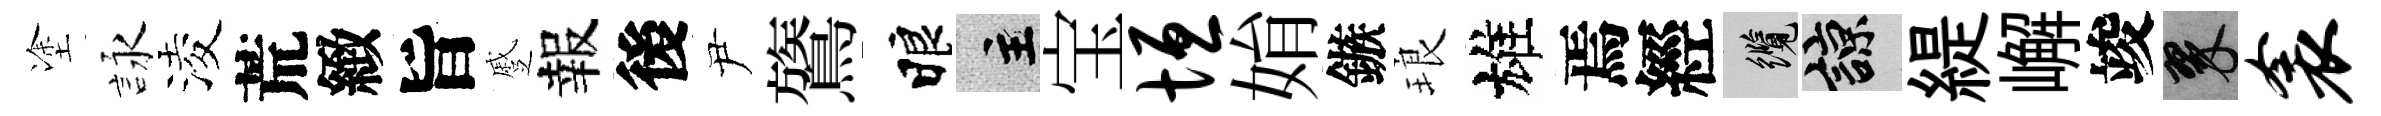
塗詠淩荒緻旨蹙報後尹鷟睱主宝垣姢鏃琅雄焉經纜諒緹嶰竣翠衾